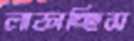
লাফাচ্ছিস